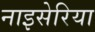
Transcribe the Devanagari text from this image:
नाइसेरिया